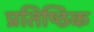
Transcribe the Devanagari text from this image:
प्रतिष्ठिक